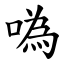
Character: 噅